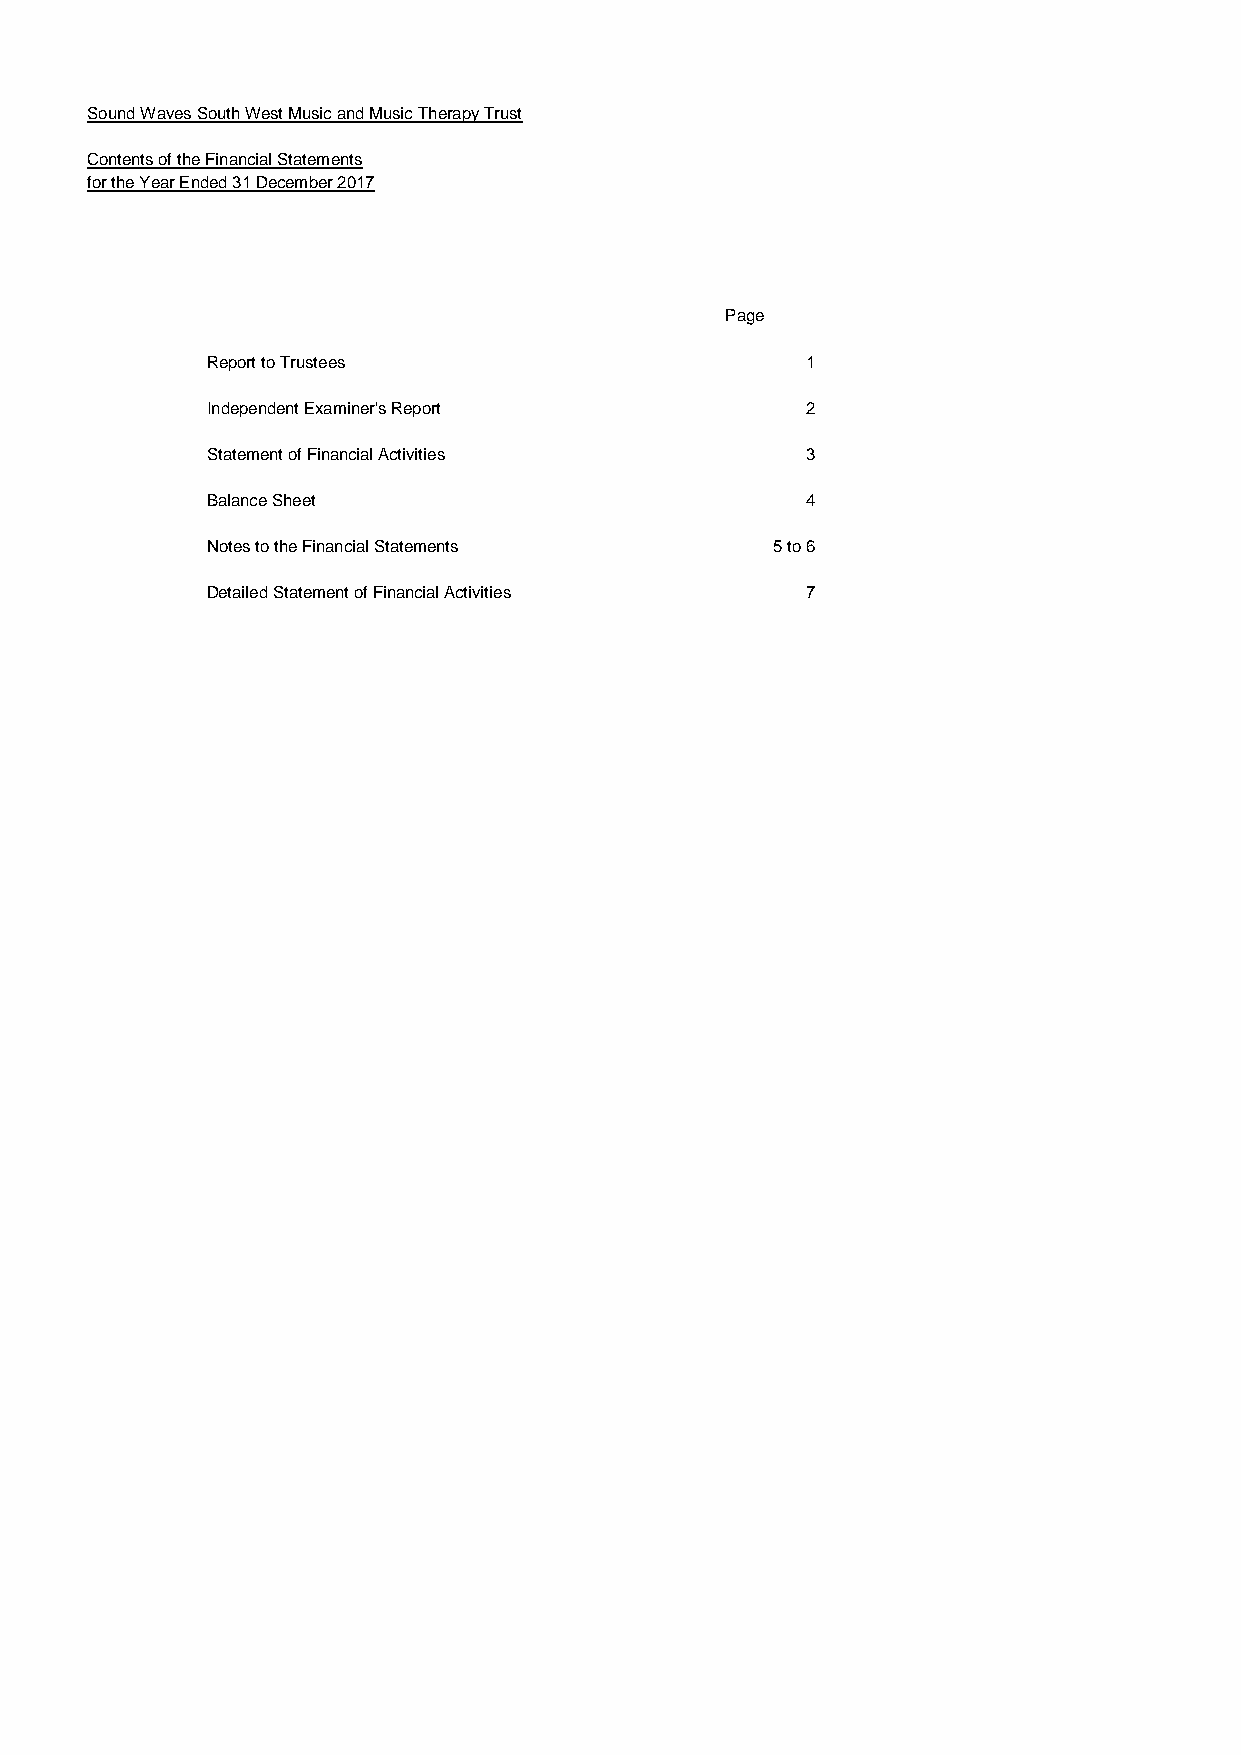
Sound Waves South West Music and Music Therapy Trust
 Contents of the Financial Statements
 for the Year Ended 31 December 2017
 Page
 Report to Trustees                     1
 Independent Examiner's Report          2
 Statement of Financial Activities      3
 Balance Sheet                          4
 Notes to the Financial Statements    5 to 6
 Detailed Statement of Financial Activities 7